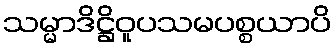
သမ္မာဒိဋ္ဌိဝူပသမပစ္စယာပိ